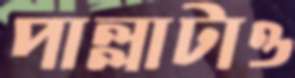
পাল্লাটাও